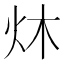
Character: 炑